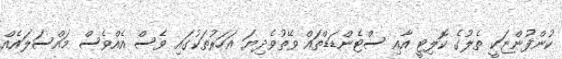
ކުންފުންޏަކީ ތެލުގެ ކޮލިޓީ އާއި ސްޓެންޑަޑްތައް ވޭތުވެދިޔަ އަހަރުތަކުގައި ވެސް އެއްވެސް މައްސަލައެއް